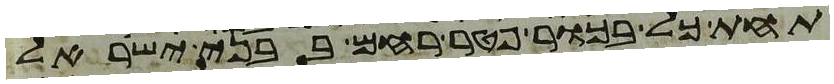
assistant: תחת כל בכור פטר רחם בבני ישראל